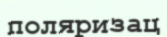
поляризац